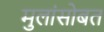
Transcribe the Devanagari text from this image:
मुलांसोबत